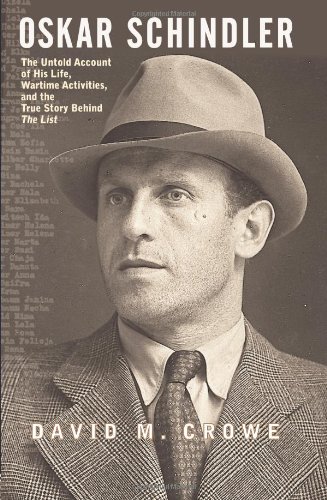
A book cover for Oskar Schindler: The Untold Account of His Life, Wartime Activities, and the True Story Behind the List; David M. Crowe; Biographies & Memoirs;